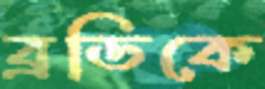
ব্রডিকে